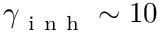
\gamma _ { \mathrm { ~ i ~ n ~ h ~ } } \sim 1 0